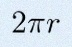
2\pi r